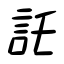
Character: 託